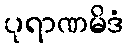
ပုရာဏမိဒံ